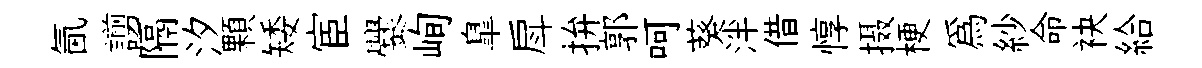
氤謭隔汐顆矮宦爨峋臯戽拚郭呵葵泮借惇摄梗為紗命袂給